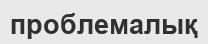
проблемалық